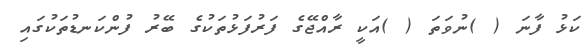
ކަޅު ފާނަ ( )ނުވަތަ ( )އަކީ ރާއްޖޭގެ ފަރުފަޅުތަކުގެ ބޭރު ފުންކަނޑުތަކުގައި